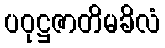
ပဝုဋ္ဌဇာတိမခိလံ